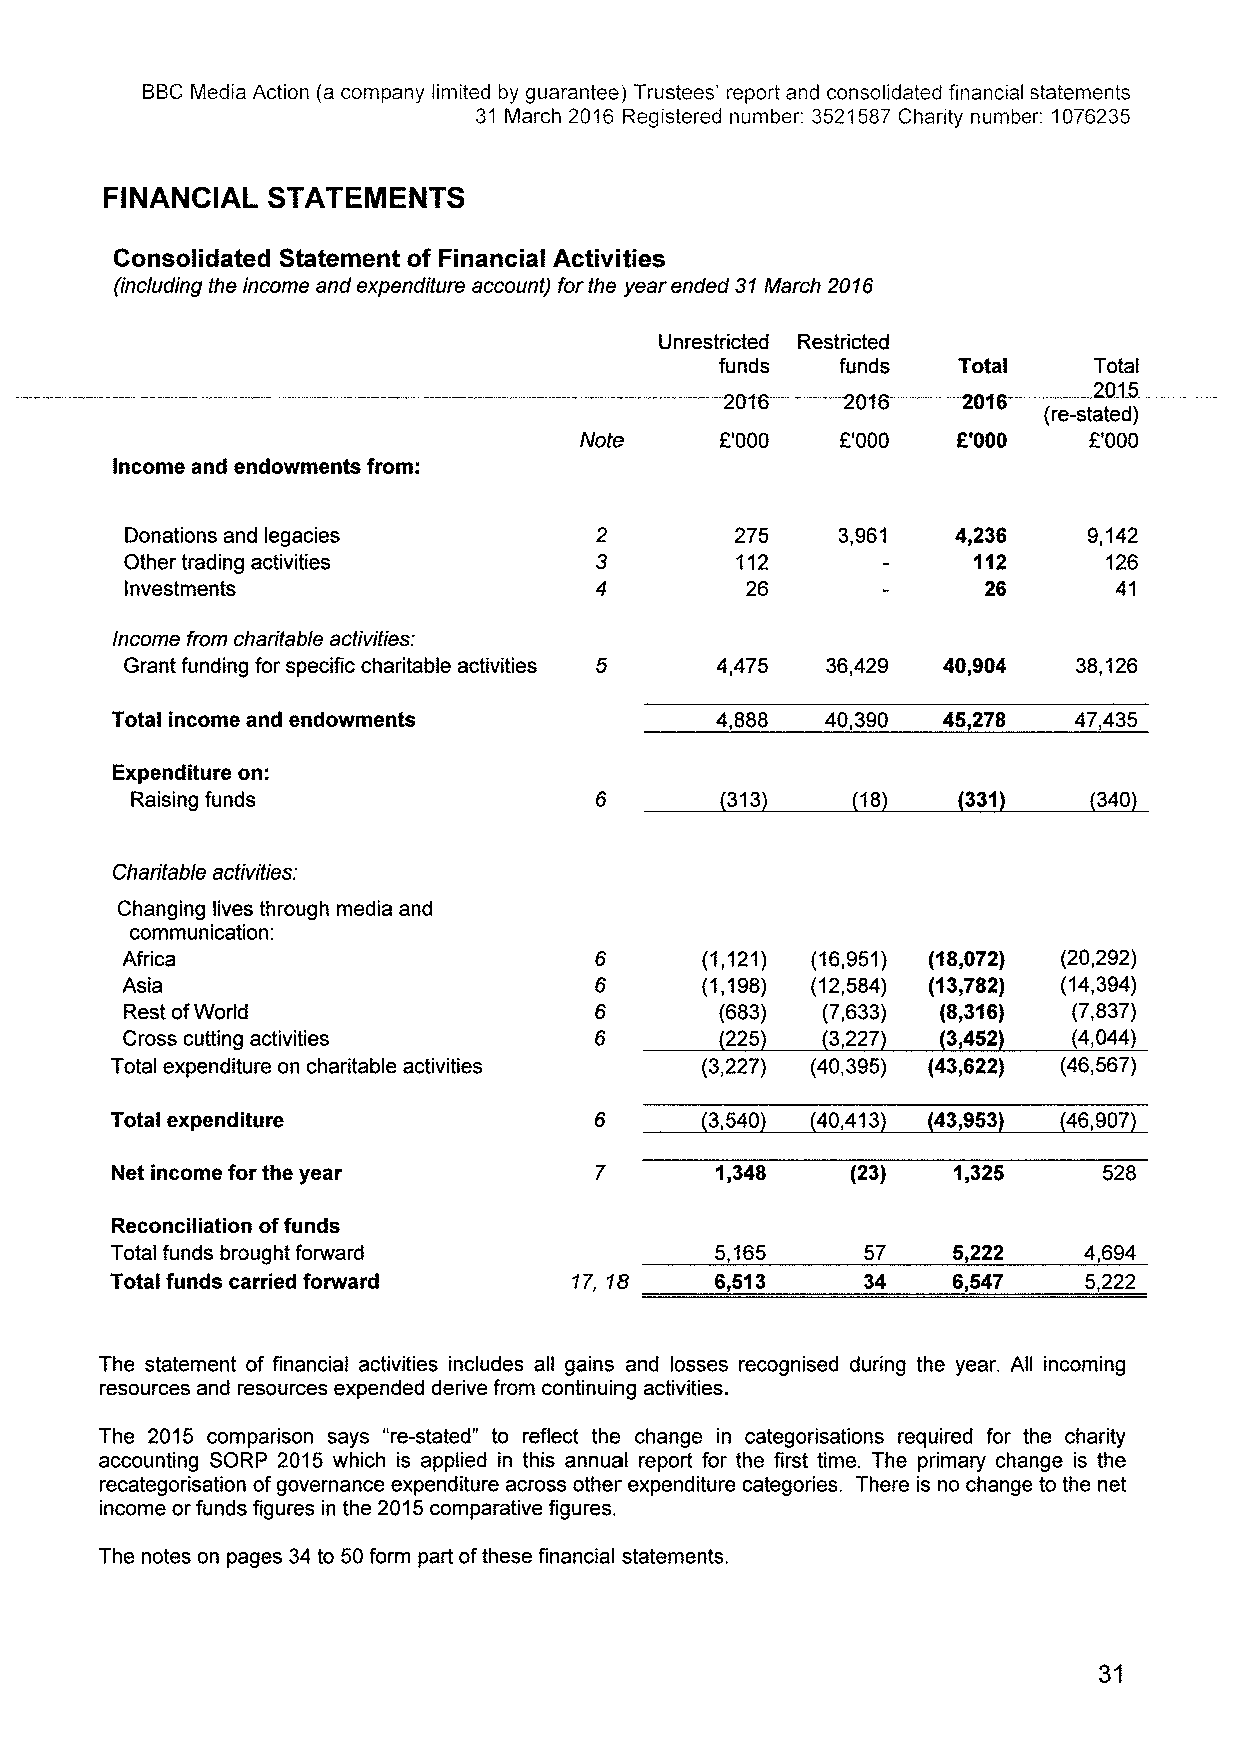
BBCMedia Action (a company limited by guarantee) Trustees' report and consolidated financial statements
 31 March 2016 Registered number: 3521587Charity number: 1076235
 FINANCIAL  STATEMENTS
 Consolidated Statement of Financial Activities
 (including the income and expenditure account) for the year ended 31March 2016
 —
 Unrestricted Restricted
 —
 funds   funds  Total    Total
 —                       —-----
 ~-"~
 20t6   -2016   -2016
 (re-stated)
 Note      E'000   E'000  f'000    F'000
 Income and endowments from:
 Donations and legacies                   275   3,961   4,236    9,142
 Other trading activities                 112            112      126
 Investments                              26              26       41
 Income from charitable activities:
 Grant funding for specific charitable activities 5 4,475 36,429 40,904 38,126
 Total income and endowments             4,888   40,390 45 278   47,435
 Expenditure on:
 Raising funds                          313      18     331      340
 Charitable activities:
 Changing lives through media and
 communication:
 Africa                                (1,121) (16,951) (18,072) (20,292)
 Asia                                  (1,198) (12,584) (13,782) (14,394)
 Rest ofWorld                            (683) (7,633) (8,316)  (7,837)
 Cross cutting activities                225    3,227   3,452   (4,044)
 Total expenditure on charitable activities (3,227) (40,395) (43,622) (46,567)
 Total expenditure                       3,540  40,413  43,953   46,907
 Net income for the year                 1,348    (23)   1,325     528
 Reconciliation offunds
 Total funds brought forward             5,165     57    5,222    4,694
 Total funds carried forward    17, 18   6,513     34    6,547    5,222
 The statement of financial activities includes all gains and losses recognised during the year. All incoming
 resources and resources expended derive from continuing activities.
 The 2015 comparison says "re-stated" to reflect the change in categorisations required for the charity
 accounting SORP 2015 which is applied in this annual report for the first time. The primary change is the
 recategorisation ofgovernance expenditure across other expenditure categories. There is no change to the net
 income or funds figures in the 2015comparative figures.
 The notes on pages 34to 50form part ofthese financial statements.
 31